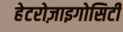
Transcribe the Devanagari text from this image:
हेटरोज़ाइगोसिटी